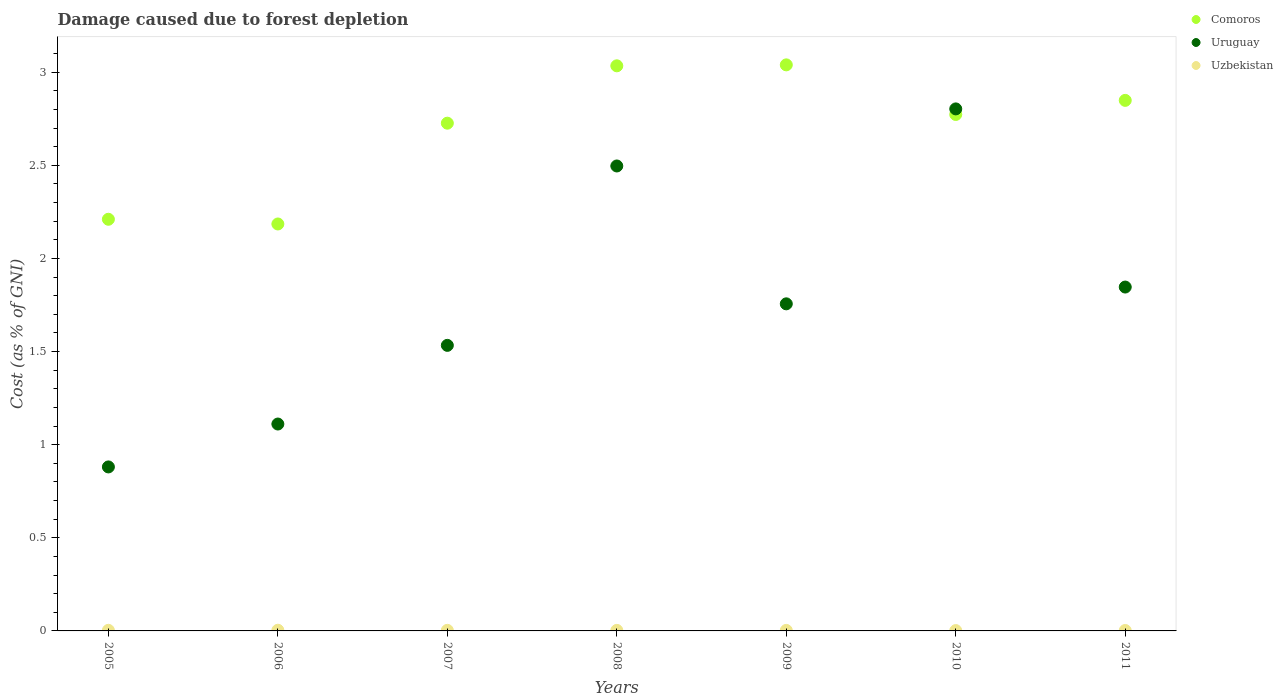
| Years | Comoros | Uruguay | Uzbekistan |
 | --- | --- | --- | --- |
 | 2005 | 2.21 | 0.88 | 0.00328 |
 | 2006 | 2.18 | 1.11 | 0.00369 |
 | 2007 | 2.73 | 1.53 | 0.00317 |
 | 2008 | 3.03 | 2.5 | 0.00289 |
 | 2009 | 3.04 | 1.76 | 0.00285 |
 | 2010 | 2.77 | 2.8 | 0.00188 |
 | 2011 | 2.85 | 1.85 | 0.00235 |